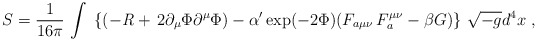
\begin{align*}S = \frac{1}{16\pi} \, \int \;\left\{(-{\it R} + \, 2\partial_{\mu} \Phi \partial^{\mu} \Phi ) - \alpha'\exp (-2 \Phi) (F_{a\mu\nu} \, F_a^{\mu\nu} - \beta {G})\right\}\, \sqrt{-g} d^4x \; ,\end{align*}